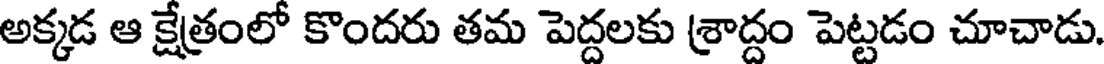
అక్కడ ఆ క్షేత్రంలో కొందరు తమ పెద్దలకు శ్రాద్దం పెట్టడం చూచాడు.